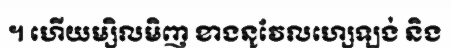
។ ហើយម្សិលមិញ ខាងនូវែលហ្សេឡង់ និង